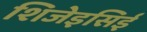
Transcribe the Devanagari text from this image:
शिजेइसिई